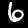
Digit: 6